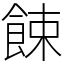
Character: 餗